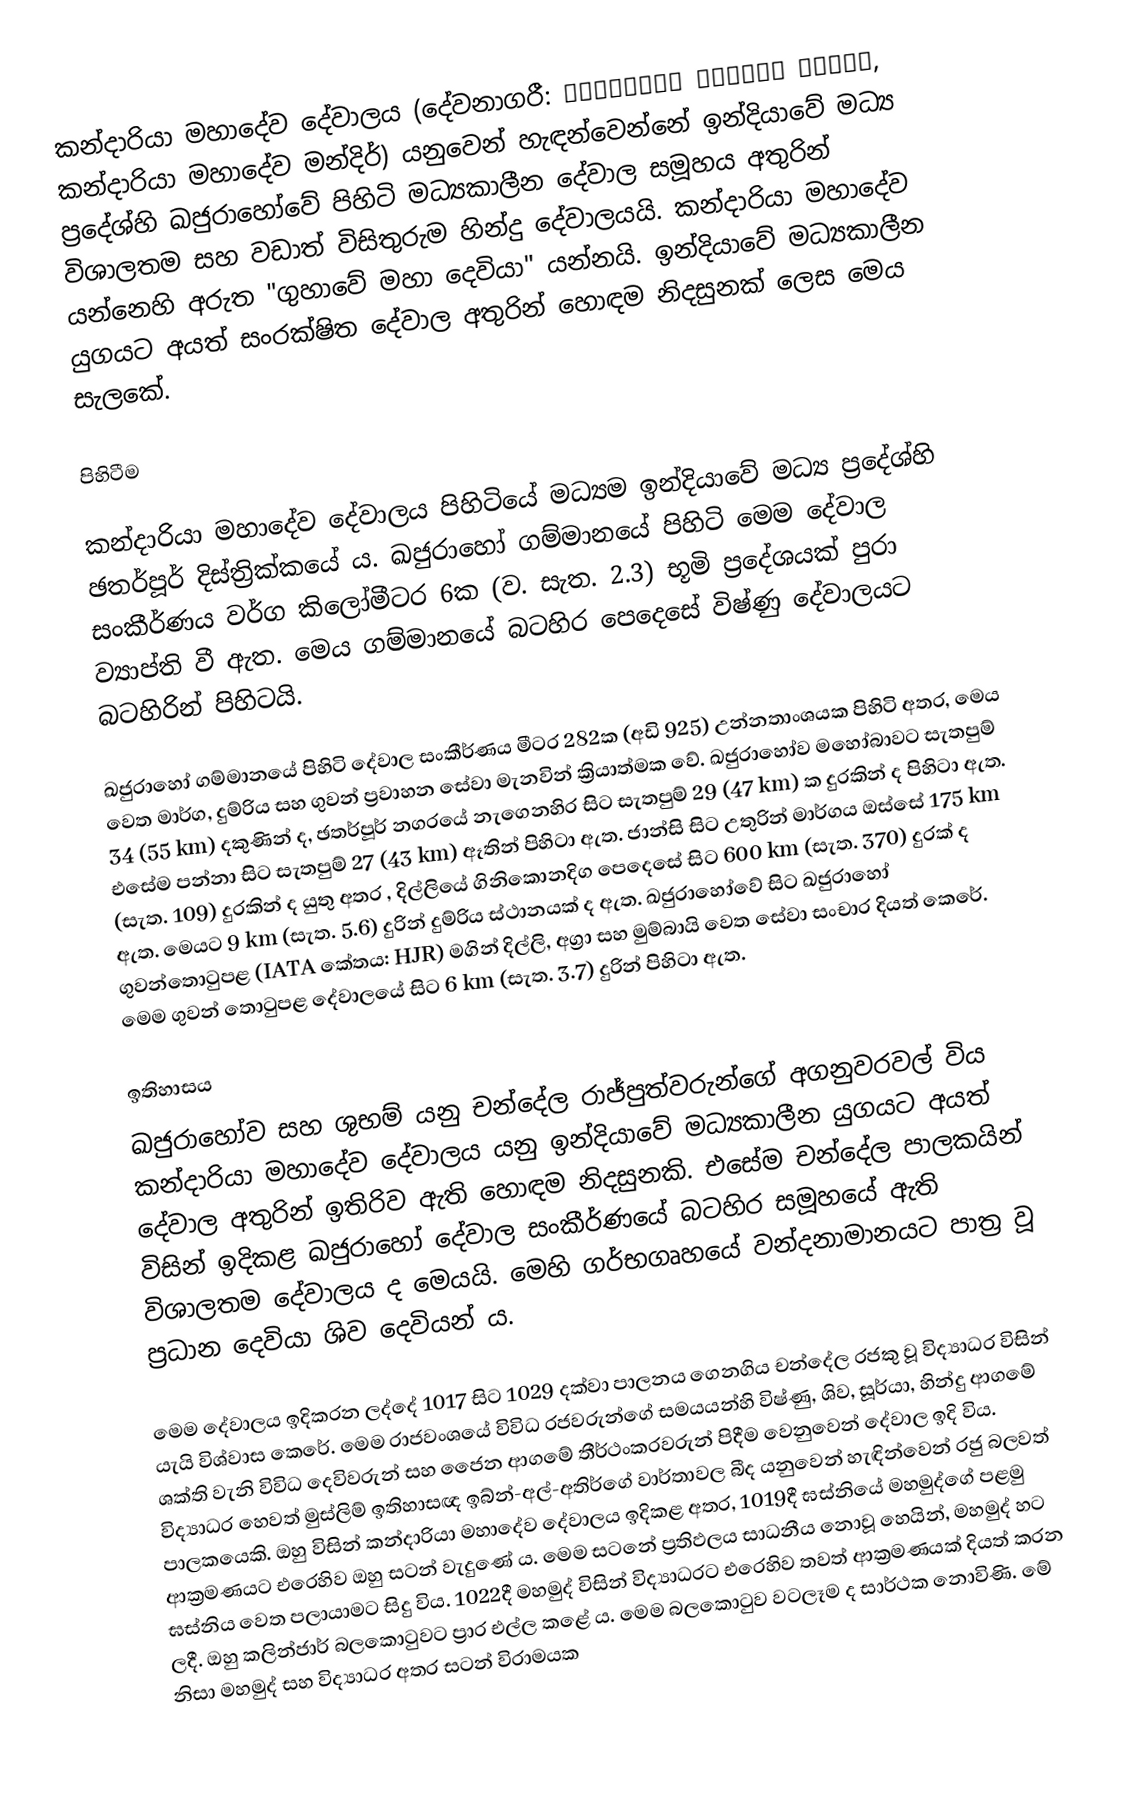
කන්දාරියා මහාදේව දේවාලය (දේවනාගරී: कंदारिया महादेव मंदिर, කන්දාරියා මහාදේව මන්දිර්) යනුවෙන් හැඳන්වෙන්නේ ඉන්දියාවේ මධ්‍ය ප්‍රදේශ්හි ඛජුරාහෝවේ පිහිටි මධ්‍යකාලීන දේවාල සමූහය අතුරින් විශාලතම සහ වඩාත් විසිතුරුම හින්දු දේවාලයයි. කන්දාරියා මහාදේව යන්නෙහි අරුත "ගුහාවේ මහා දෙවියා" යන්නයි. ඉන්දියාවේ මධ්‍යකාලීන යුගයට අයත් සංරක්ෂිත දේවාල අතුරින් හොඳම නිදසුනක් ලෙස මෙය සැලකේ.

පිහිටීම

කන්දාරියා මහාදේව දේවාලය පිහිටියේ මධ්‍යම ඉන්දියාවේ මධ්‍ය ප්‍රදේශ්හි ඡතර්පූර් දිස්ත්‍රික්කයේ ය. ඛජුරාහෝ ගම්මානයේ පිහිටි මෙම දේවාල සංකීර්ණය වර්ග කිලෝමීටර 6ක (ව. සැත. 2.3) භූමි ප්‍රදේශයක් පුරා ව්‍යාප්ති වී ඇත. මෙය ගම්මානයේ බටහිර පෙදෙසේ විෂ්ණු දේවාලයට බටහිරින් පිහිටයි.

ඛජුරාහෝ ගම්මානයේ පිහිටි දේවාල සංකීර්ණය මීටර 282ක (අඩි 925) උන්නතාංශයක පිහිටි අතර, මෙය වෙත මාර්ග, දුම්රිය සහ ගුවන් ප්‍රවාහන සේවා මැනවින් ක්‍රියාත්මක වේ. ඛජුරාහෝව මහෝබාවට සැතපුම් 34 (55 km) දකුණින් ද, ඡතර්පූර් නගරයේ නැගෙනහිර සිට සැතපුම් 29 (47 km) ක දුරකින් ද පිහිටා ඇත. එසේම පන්නා සිට සැතපුම් 27 (43 km) ඈතින් පිහිටා ඇත. ජාන්සි සිට උතුරින් මාර්ගය ඔස්සේ 175 km (සැත. 109) දුරකින් ද යුතු අතර , දිල්ලියේ ගිනිකොනදිග පෙදෙසේ සිට 600 km (සැත. 370) දුරක් ද ඇත. මෙයට 9 km (සැත. 5.6) දුරින් දුම්රිය ස්ථානයක් ද ඇත. ඛජුරාහෝවේ සිට ඛජුරාහෝ ගුවන්තොටුපළ (IATA කේතය: HJR) මගින් දිල්ලි, අග්‍රා සහ මුම්බායි වෙත සේවා සංචාර දියත් කෙරේ. මෙම ගුවන් තොටුපළ දේවාලයේ සිට 6 km (සැත. 3.7) දුරින් පිහිටා ඇත.

ඉතිහාසය
ඛජුරාහෝව සහ ශුභම් යනු චන්දේල රාජ්පුත්වරුන්ගේ අගනුවරවල් විය‍ කන්දාරියා මහාදේව දේවාලය යනු ඉන්දියාවේ මධ්‍යකාලීන යුගයට අයත් ‍දේවාල අතුරින් ඉතිරිව ඇති හොඳම නිදසුනකි. එසේම චන්දේල පාලකයින් විසින් ඉදිකළ ඛජුරාහෝ දේවාල සංකීර්ණයේ බටහිර සමූහයේ ඇති විශාලතම දේවාලය ද මෙයයි. මෙහි ගර්භගෘහයේ වන්දනාමානයට පාත්‍ර වූ ප්‍රධාන දෙවියා ශිව දෙවියන් ය.

මෙම දේවාලය ඉදිකරන ලද්දේ 1017 සිට 1029 දක්වා පාලනය ගෙනගිය චන්දේල රජකු වූ විද්‍යාධර විසින් යැයි විශ්වාස කෙරේ. මෙම රාජවංශයේ විවිධ රජවරුන්ගේ සමයයන්හි විෂ්ණු, ශිව, සූර්යා, හින්දු ආගමේ ශක්ති වැනි විවිධ දෙවිවරුන් සහ ජෛන ආගමේ තීර්ථංකරවරුන් පිදීම වෙනුවෙන් දේවාල ඉදි විය. විද්‍යාධර හෙවත් මුස්ලිම් ඉතිහාසඥ ඉබ්න්-අල්-අතිර්ගේ වාර්තාවල බීද යනුවෙන් හැඳින්වෙන් රජු බලවත් පාලකයෙකි. ඔහු විසින් කන්දාරියා මහාදේව දේවාලය ඉදිකළ අතර, 1019දී ඝස්නියේ මහමුද්ගේ පළමු ආක්‍රමණයට එරෙහිව ඔහු සටන් වැදුණේ ය. මෙම සටනේ ප්‍රතිඵලය සාධනීය නොවූ හෙයින්, මහමුද් හට ඝස්නිය වෙත පලායාමට සිදු විය. 1022දී මහමුද් විසින් විද්‍යාධරට එරෙහිව තවත් ආක්‍රමණයක් දියත් කරන ලදී. ඔහු කලින්ජාර් බලකොටුවට ප්‍රාර එල්ල කළේ ය. මෙම බලකොටුව වටලෑම ද සාර්ථක නොවිණි. මේ නිසා මහමුද් සහ විද්‍යාධර අතර සටන් විරාමයක